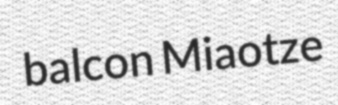
balcon Miaotze